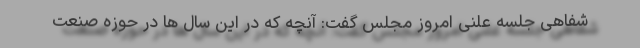
شفاهی جلسه علنی امروز مجلس گفت: آنچه که در این سال ها در حوزه صنعت